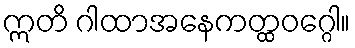
ဣတိ ဂါထာအနေကတ္ထဝဂ္ဂေါ။